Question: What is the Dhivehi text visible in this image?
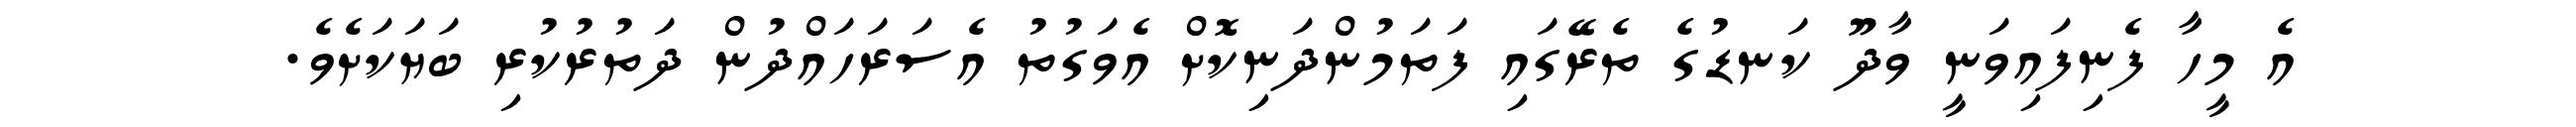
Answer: އެ މީހާ ފެނިފައިވަނީ ވާދޫ ކަނޑުގެ ތެރޭގައި ފަތަމުންދަނިކޮށް އެވަގުތު އެސަރަހައްދުން ދަތުރުކުރި ބަޔަކަށެވެ.